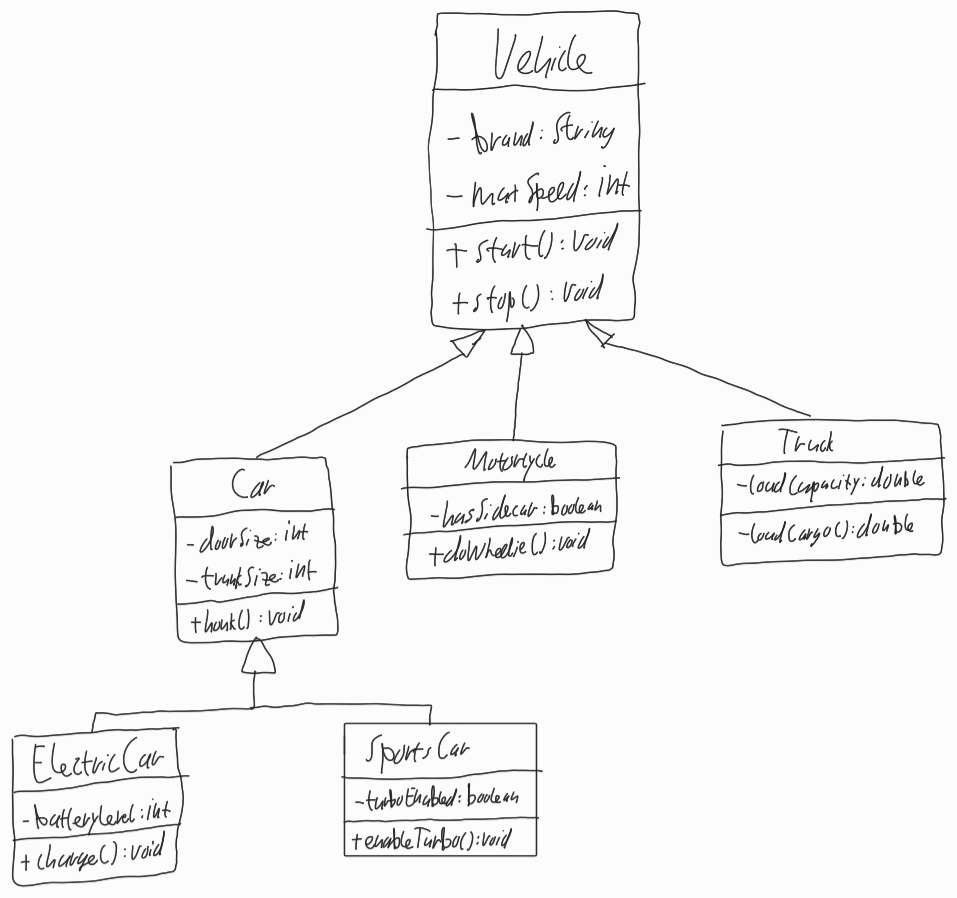
Diagram type: class_diagram
```plantuml
@startuml

class Vehicle {
  - brand: String
  - maxSpeed: int
  + start(): void
  + stop(): void
}

class Car extends Vehicle {
  - doorSize: int
  - trunkSIze: int
  + honk(): void
}

class ElectricCar extends Car {
  - batteryLevel: int
  + charge(): void
}

class SportsCar extends Car {
  - turboEnabled: boolean
  + enableTurbo(): void
}

class Motorcycle extends Vehicle {
  - hasSidecar: boolean
  + doWheelie(): void
}

class Truck extends Vehicle {
  - loadCapacity: double
  - loadCargo(): double
}

@enduml
```